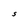
Character: S